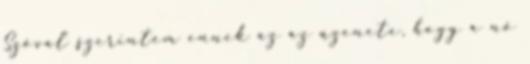
Szóval szerintem ennek az az üzenete, hogy a nő